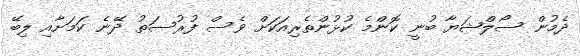
ދެމުން ސޯލްޝަޔާ ބުނީ ކޮންމެ ކުޅުންތެރިއަކަށް ވެސް ފުރުސަތު ދޭނެ ކަމަށާއި ލިބޭ